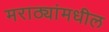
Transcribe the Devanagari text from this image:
मराठ्यांमधील